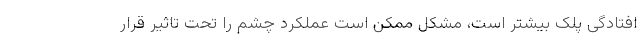
افتادگی پلک بیشتر است، مشکل ممکن است عملکرد چشم را تحت تاثیر قرار